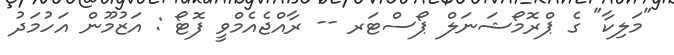
"މަލިކާ" ގެ ޕްރޮމޯޝަނަލް ޕޯސްޓަރ -- ރާއްޖެއެމްވީ ފޮޓޯ : އަޒުމޫން އަހުމަދު